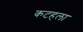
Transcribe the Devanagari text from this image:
कटहला